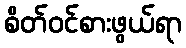
စိတ်ဝင်စားဖွယ်ရာ